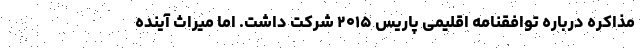
مذاکره درباره توافقنامه اقلیمی پاریس ۲۰۱۵ شرکت داشت. اما میراث آینده